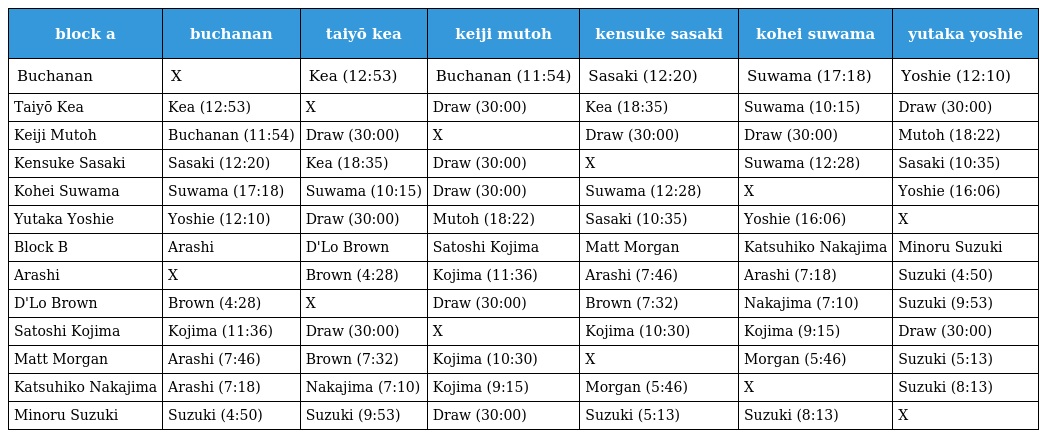
| block a | buchanan | taiyō kea | keiji mutoh | kensuke sasaki | kohei suwama | yutaka yoshie |
 | --- | --- | --- | --- | --- | --- | --- |
 | Buchanan | X | Kea (12:53) | Buchanan (11:54) | Sasaki (12:20) | Suwama (17:18) | Yoshie (12:10) |
 | Taiyō Kea | Kea (12:53) | X | Draw (30:00) | Kea (18:35) | Suwama (10:15) | Draw (30:00) |
 | Keiji Mutoh | Buchanan (11:54) | Draw (30:00) | X | Draw (30:00) | Draw (30:00) | Mutoh (18:22) |
 | Kensuke Sasaki | Sasaki (12:20) | Kea (18:35) | Draw (30:00) | X | Suwama (12:28) | Sasaki (10:35) |
 | Kohei Suwama | Suwama (17:18) | Suwama (10:15) | Draw (30:00) | Suwama (12:28) | X | Yoshie (16:06) |
 | Yutaka Yoshie | Yoshie (12:10) | Draw (30:00) | Mutoh (18:22) | Sasaki (10:35) | Yoshie (16:06) | X |
 | Block B | Arashi | D'Lo Brown | Satoshi Kojima | Matt Morgan | Katsuhiko Nakajima | Minoru Suzuki |
 | Arashi | X | Brown (4:28) | Kojima (11:36) | Arashi (7:46) | Arashi (7:18) | Suzuki (4:50) |
 | D'Lo Brown | Brown (4:28) | X | Draw (30:00) | Brown (7:32) | Nakajima (7:10) | Suzuki (9:53) |
 | Satoshi Kojima | Kojima (11:36) | Draw (30:00) | X | Kojima (10:30) | Kojima (9:15) | Draw (30:00) |
 | Matt Morgan | Arashi (7:46) | Brown (7:32) | Kojima (10:30) | X | Morgan (5:46) | Suzuki (5:13) |
 | Katsuhiko Nakajima | Arashi (7:18) | Nakajima (7:10) | Kojima (9:15) | Morgan (5:46) | X | Suzuki (8:13) |
 | Minoru Suzuki | Suzuki (4:50) | Suzuki (9:53) | Draw (30:00) | Suzuki (5:13) | Suzuki (8:13) | X |